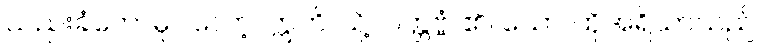
သည်းခံတော်မူပါလော့။ ဣတိ၊ သို့။ ဝတ္တဗ္ဗံ၊ ၏။ သော၊ ထိုအရိယာသည်။